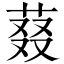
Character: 𬝉